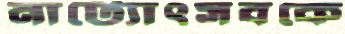
নাট্যোৎসবকে